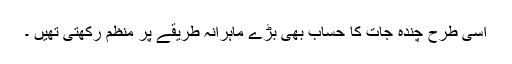
اسی طرح چندہ جات کا حساب بھی بڑے ماہرانہ طریقے پر منظّم رکھتی تھیں ۔